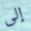
إلى